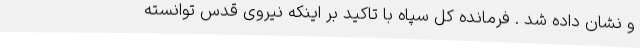
و نشان داده شد . فرمانده کل سپاه با تاکید بر اینکه نیروی قدس توانسته